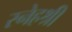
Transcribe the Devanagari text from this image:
स्नेहश्री